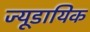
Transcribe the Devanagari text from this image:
ज्यूडायिक